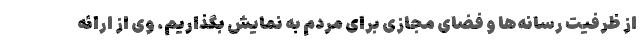
از ظرفیت رسانه‌ها و فضای مجازی برای مردم به نمایش بگذاریم. وی از ارائه